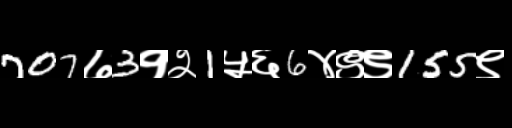
Text: 707७3१२1५६6४९९155९